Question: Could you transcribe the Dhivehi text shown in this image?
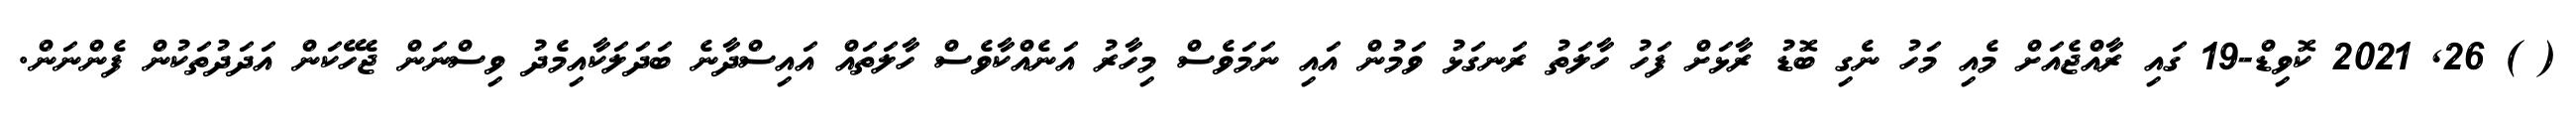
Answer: ( ) 26, 2021 ކޮވިޑް-19 ގައި ރާއްޖެއަށް މެއި މަހު ނެގި ބޮޑު ރާޅަށް ފަހު ހާލަތު ރަނގަޅު ވަމުން އައި ނަމަވެސް މިހާރު އަނެއްކާވެސް ހާލަތައް އައިސްދާނެ ބަދަލަކާއިމެދު ވިސްނަން ޖެހޭކަން އަދަދުތަކުން ފެންނަން.